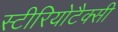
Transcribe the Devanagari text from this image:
स्टीरियोटैक्सी